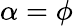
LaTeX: \alpha=\phi